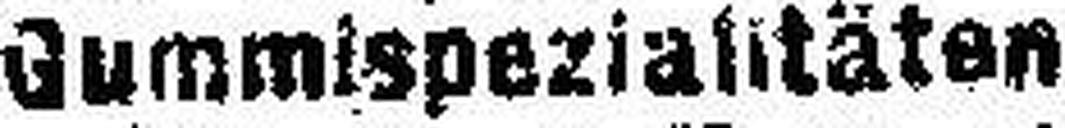
Gummispezialitäten